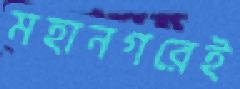
মহানগরেই